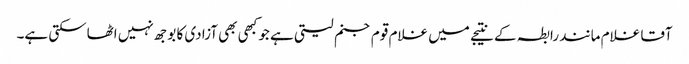
آقا غلام مانند رابطہ کے نتیجے میں غلام قوم جنم لیتی ہے جو کبھی بھی آزادی کا بوجھ نہیں اٹھاسکتی ہے۔